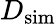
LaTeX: D_{\mathrm{sim}}